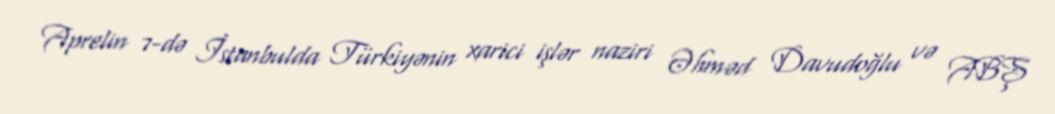
Aprelin 7-də İstanbulda Türkiyənin xarici işlər naziri Əhməd Davudoğlu və ABŞ